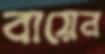
বায়েন